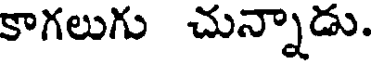
కాగలుగు చున్నాడు.